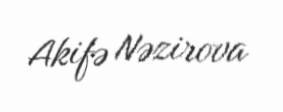
Akifə Nəzirova